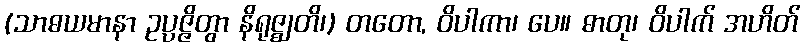
(သာဓယမာနာ ဥပ္ပဇ္ဇိတွာ နိရုဇ္ဈတိ၊) တတော, ဝိပါကာ၊ ပေ။ ဓာတု၊ ဝိပါက် အဟိတ်